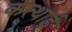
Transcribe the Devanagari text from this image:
कत्थाई